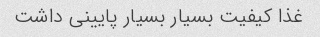
غذا کیفیت بسیار بسیار پایینی داشت